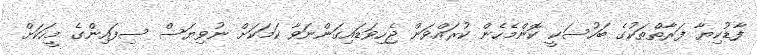
ފާޑުކިޔާ ފަރާތްތަކުގެ ބަހުސަކީ ކޮންމެހެން ކުރައްވަން ޖެހިވަޑައިގަންނަވާ ކަމަކަށް ނުވިޔަސް ސިފައިންގެ މީހަކަށް